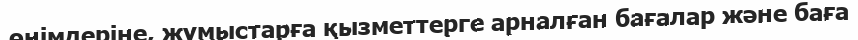
өнімдеріне, жұмыстарға қызметтерге арналған бағалар және баға